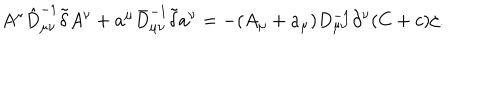
A ^ { \mu } \hat { D } _ { \mu \nu } ^ { - 1 } \tilde { \delta } A ^ { \nu } + a ^ { \mu } \bar { D } _ { \mu \nu } ^ { - 1 } \tilde { \delta } a ^ { \nu } = - ( A _ { \mu } + a _ { \mu } ) D _ { \mu \nu } ^ { - 1 } \partial ^ { \nu } ( C + c ) \zeta .